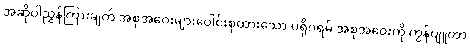
အဆိုပါညွှန်ကြားချက် အစုအဝေးများပေါင်းစုထားသော ပရိုဂရမ် အစုအဝေးကို ကွန်ပျူတာ